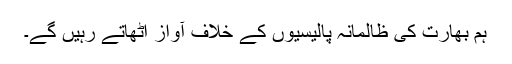
ہم بھارت کی ظالمانہ پالیسیوں کے خلاف آواز اٹھاتے رہیں گے۔